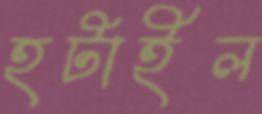
হটাইল